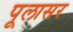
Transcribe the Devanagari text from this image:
पूलासर